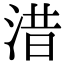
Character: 㳻